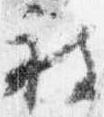
被